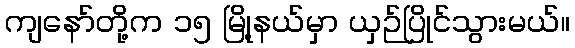
ကျနော်တို့က ၁၅ မြို့နယ်မှာ ယှဉ်ပြိုင်သွားမယ်။